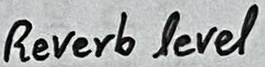
Text: Reverb level